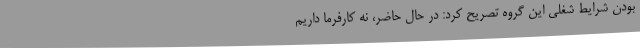
بودن شرایط شغلی این گروه تصریح کرد: در حال حاضر، نه کارفرما داریم